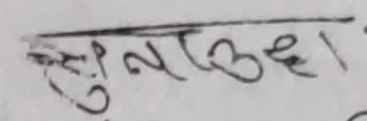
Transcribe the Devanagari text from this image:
सुनाउँछ।